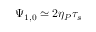
\Psi _ { 1 , 0 } \simeq 2 \eta _ { P } \tau _ { s }